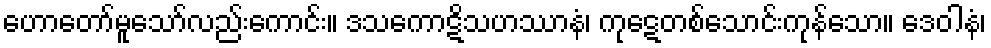
ဟောတော်မူသော်လည်းကောင်း။ ဒသကောဋိသဟဿာနံ၊ ကုဋေတစ်သောင်းကုန်သော။ ဒေဝါနံ၊